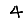
Digit: 4